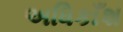
અધિકાઁશ